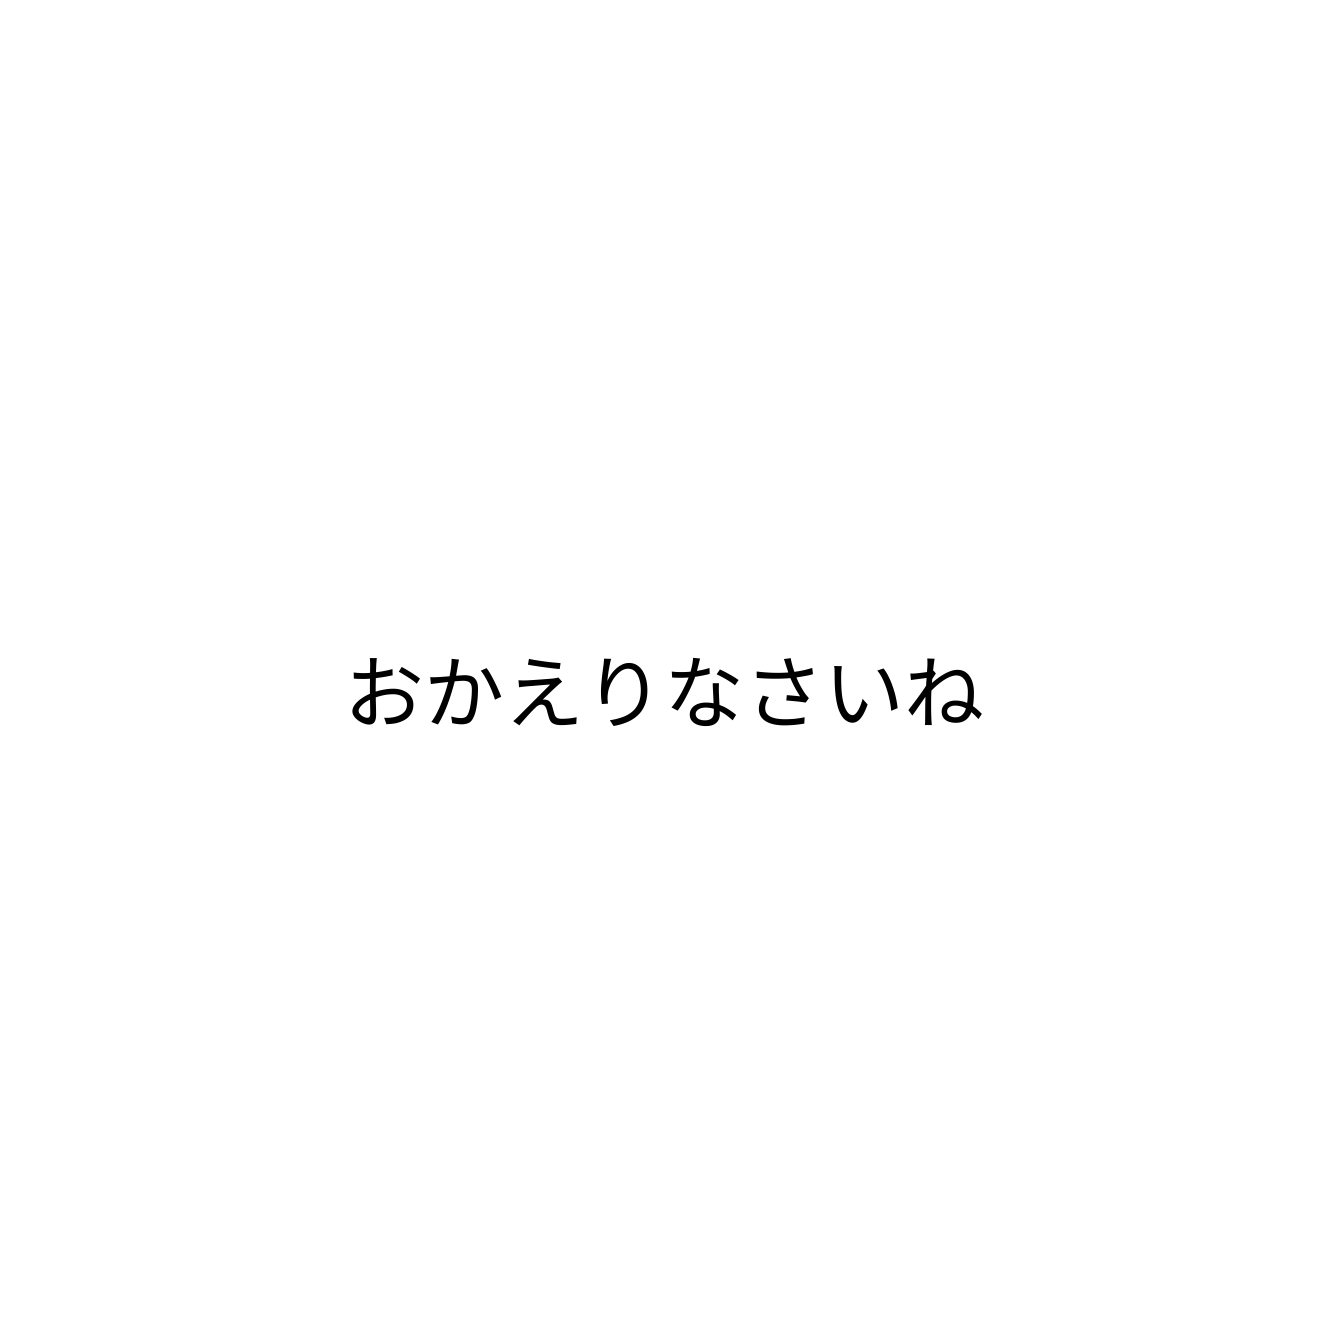
おかえりなさいね